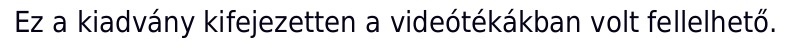
Ez a kiadvány kifejezetten a videótékákban volt fellelhető.